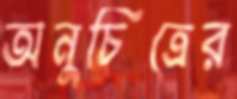
অনুচিত্রের